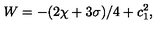
W = - ( 2 \chi + 3 \sigma ) / 4 + c _ { 1 } ^ { 2 } ,